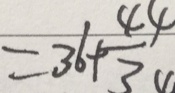
= 3 6 + \frac { 4 4 } { 3 }